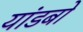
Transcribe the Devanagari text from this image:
यांडबो